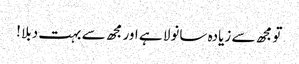
تو مجھ سے زیادہ سانولا ہے اور مجھ سے بہت دبلا !